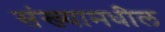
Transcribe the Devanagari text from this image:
संख्यामधील